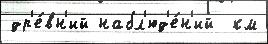
др'е́вн'ий набл'юд'е́н'ий  км